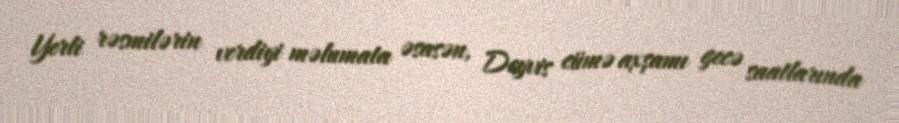
Yerli rəsmilərin verdiyi məlumata əsasən, Deyvis cümə axşamı gecə saatlarında